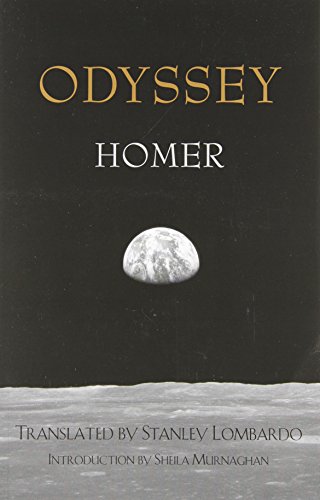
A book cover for Odyssey; Homer; Literature & Fiction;